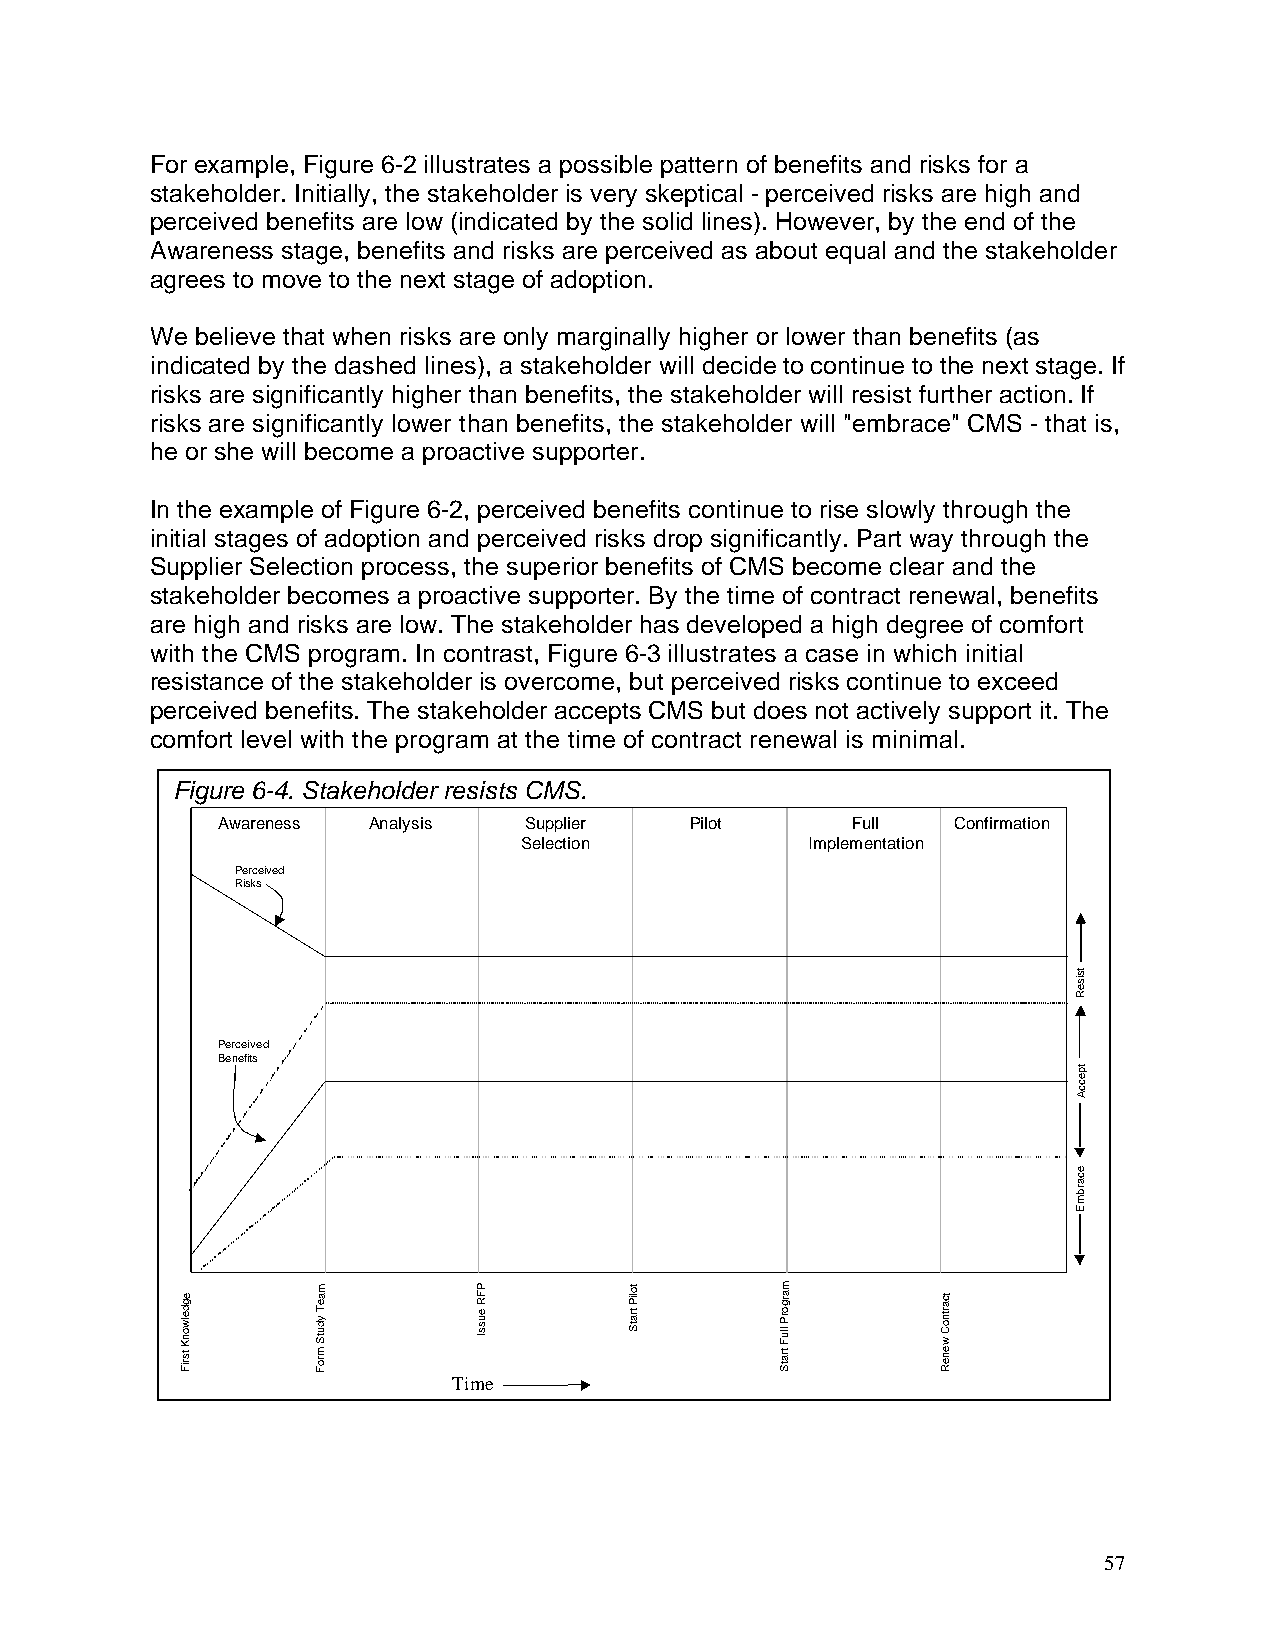
For example, Figure 6-2 illustrates a possible pattern of benefits and risks for a
 stakeholder. Initially, the stakeholder is very skeptical - perceived risks are high and
 perceived benefits are low (indicated by the solid lines). However, by the end of the
 Awareness stage, benefits and risks are perceived as about equal and the stakeholder
 agrees to move to the next stage of adoption.
 We believe that when risks are only marginally higher or lower than benefits (as
 indicated by the dashed lines), a stakeholder will decide to continue to the next stage. If
 risks are significantly higher than benefits, the stakeholder will resist further action. If
 risks are significantly lower than benefits, the stakeholder will "embrace" CMS - that is,
 he or she will become a proactive supporter.
 In the example of Figure 6-2, perceived benefits continue to rise slowly through the
 initial stages of adoption and perceived risks drop significantly. Part way through the
 Supplier Selection process, the superior benefits of CMS become clear and the
 stakeholder becomes a proactive supporter. By the time of contract renewal, benefits
 are high and risks are low. The stakeholder has developed a high degree of comfort
 with the CMS program. In contrast, Figure 6-3 illustrates a case in which initial
 resistance of the stakeholder is overcome, but perceived risks continue to exceed
 perceived benefits. The stakeholder accepts CMS but does not actively support it. The
 comfort level with the program at the time of contract renewal is minimal.
 Figure 6-4. Stakeholder resists CMS.
 Awareness Analysis   Supplier   Pilot     Full   Confirmation
 Selection          Implementation
 Perceived
 Risks
 Resist
 Perceived
 Benefits
 Accept
 e
 ac
 br
 m
 E
 First
 Knowledge
 FFoorrmm
 SSttuuddyy
 TTeeaamm
 Issue
 RFP
 Start
 Pilot
 Start
 Full
 Program
 Renew
 Contract
 Time
 57